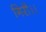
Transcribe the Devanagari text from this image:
गिरी।।